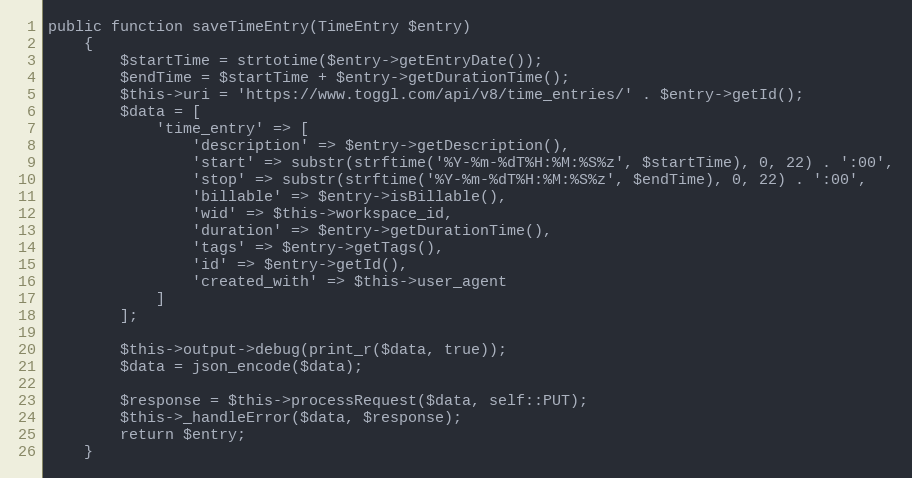
Language: PHP
public function saveTimeEntry(TimeEntry $entry)
    {
        $startTime = strtotime($entry->getEntryDate());
        $endTime = $startTime + $entry->getDurationTime();
        $this->uri = 'https://www.toggl.com/api/v8/time_entries/' . $entry->getId();
        $data = [
            'time_entry' => [
                'description' => $entry->getDescription(),
                'start' => substr(strftime('%Y-%m-%dT%H:%M:%S%z', $startTime), 0, 22) . ':00',
                'stop' => substr(strftime('%Y-%m-%dT%H:%M:%S%z', $endTime), 0, 22) . ':00',
                'billable' => $entry->isBillable(),
                'wid' => $this->workspace_id,
                'duration' => $entry->getDurationTime(),
                'tags' => $entry->getTags(),
                'id' => $entry->getId(),
                'created_with' => $this->user_agent
            ]
        ];

        $this->output->debug(print_r($data, true));
        $data = json_encode($data);

        $response = $this->processRequest($data, self::PUT);
        $this->_handleError($data, $response);
        return $entry;
    }